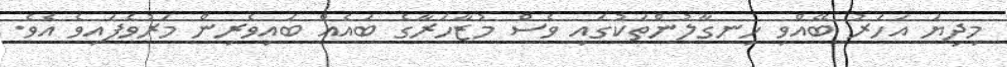
މިދިޔަ އަހަރު ބޭއްވި ހިނގާލުންތަކުގައި ވެސް މުޒާހަރާގެ ބައެއް ބައިވެރިން މަރުވެފައިވެ އެވެ.